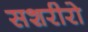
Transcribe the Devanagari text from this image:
सशरीरो